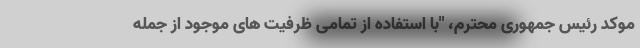
موکد رئیس جمهوری محترم، "با استفاده از تمامی ظرفیت های موجود از جمله